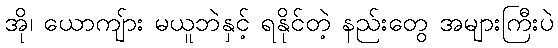
အို၊ ယောကျ်ား မယူဘဲနှင့် ရနိုင်တဲ့ နည်းတွေ အများကြီးပဲ